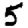
Digit: 5